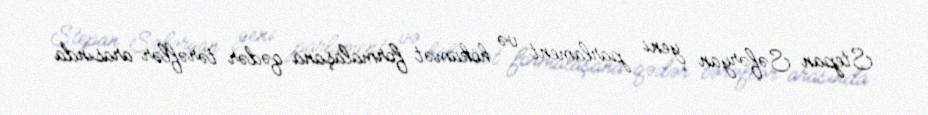
Stepan Səfəryan yeni parlament və hökumət formalaşana qədər tərəflər arasında